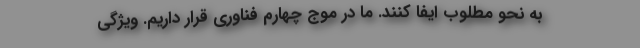
به نحو مطلوب ایفا کنند. ما در موج چهارم فناوری قرار داریم. ویژگی